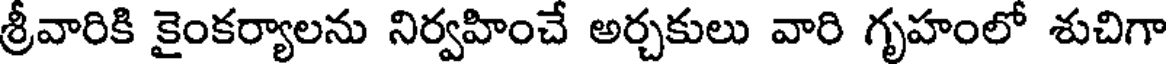
శ్రీవారికి కైంకర్యాలను నిర్వహించే అర్చకులు వారి గృహంలో శుచిగా